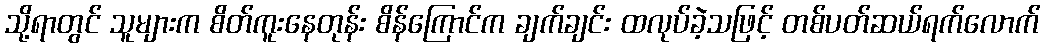
သို့ရာတွင် သူများက စိတ်ကူးနေတုန်း စိန်ကြောင်က ချက်ချင်း ထလုပ်ခဲ့သဖြင့် တစ်ပတ်ဆယ်ရက်လောက်